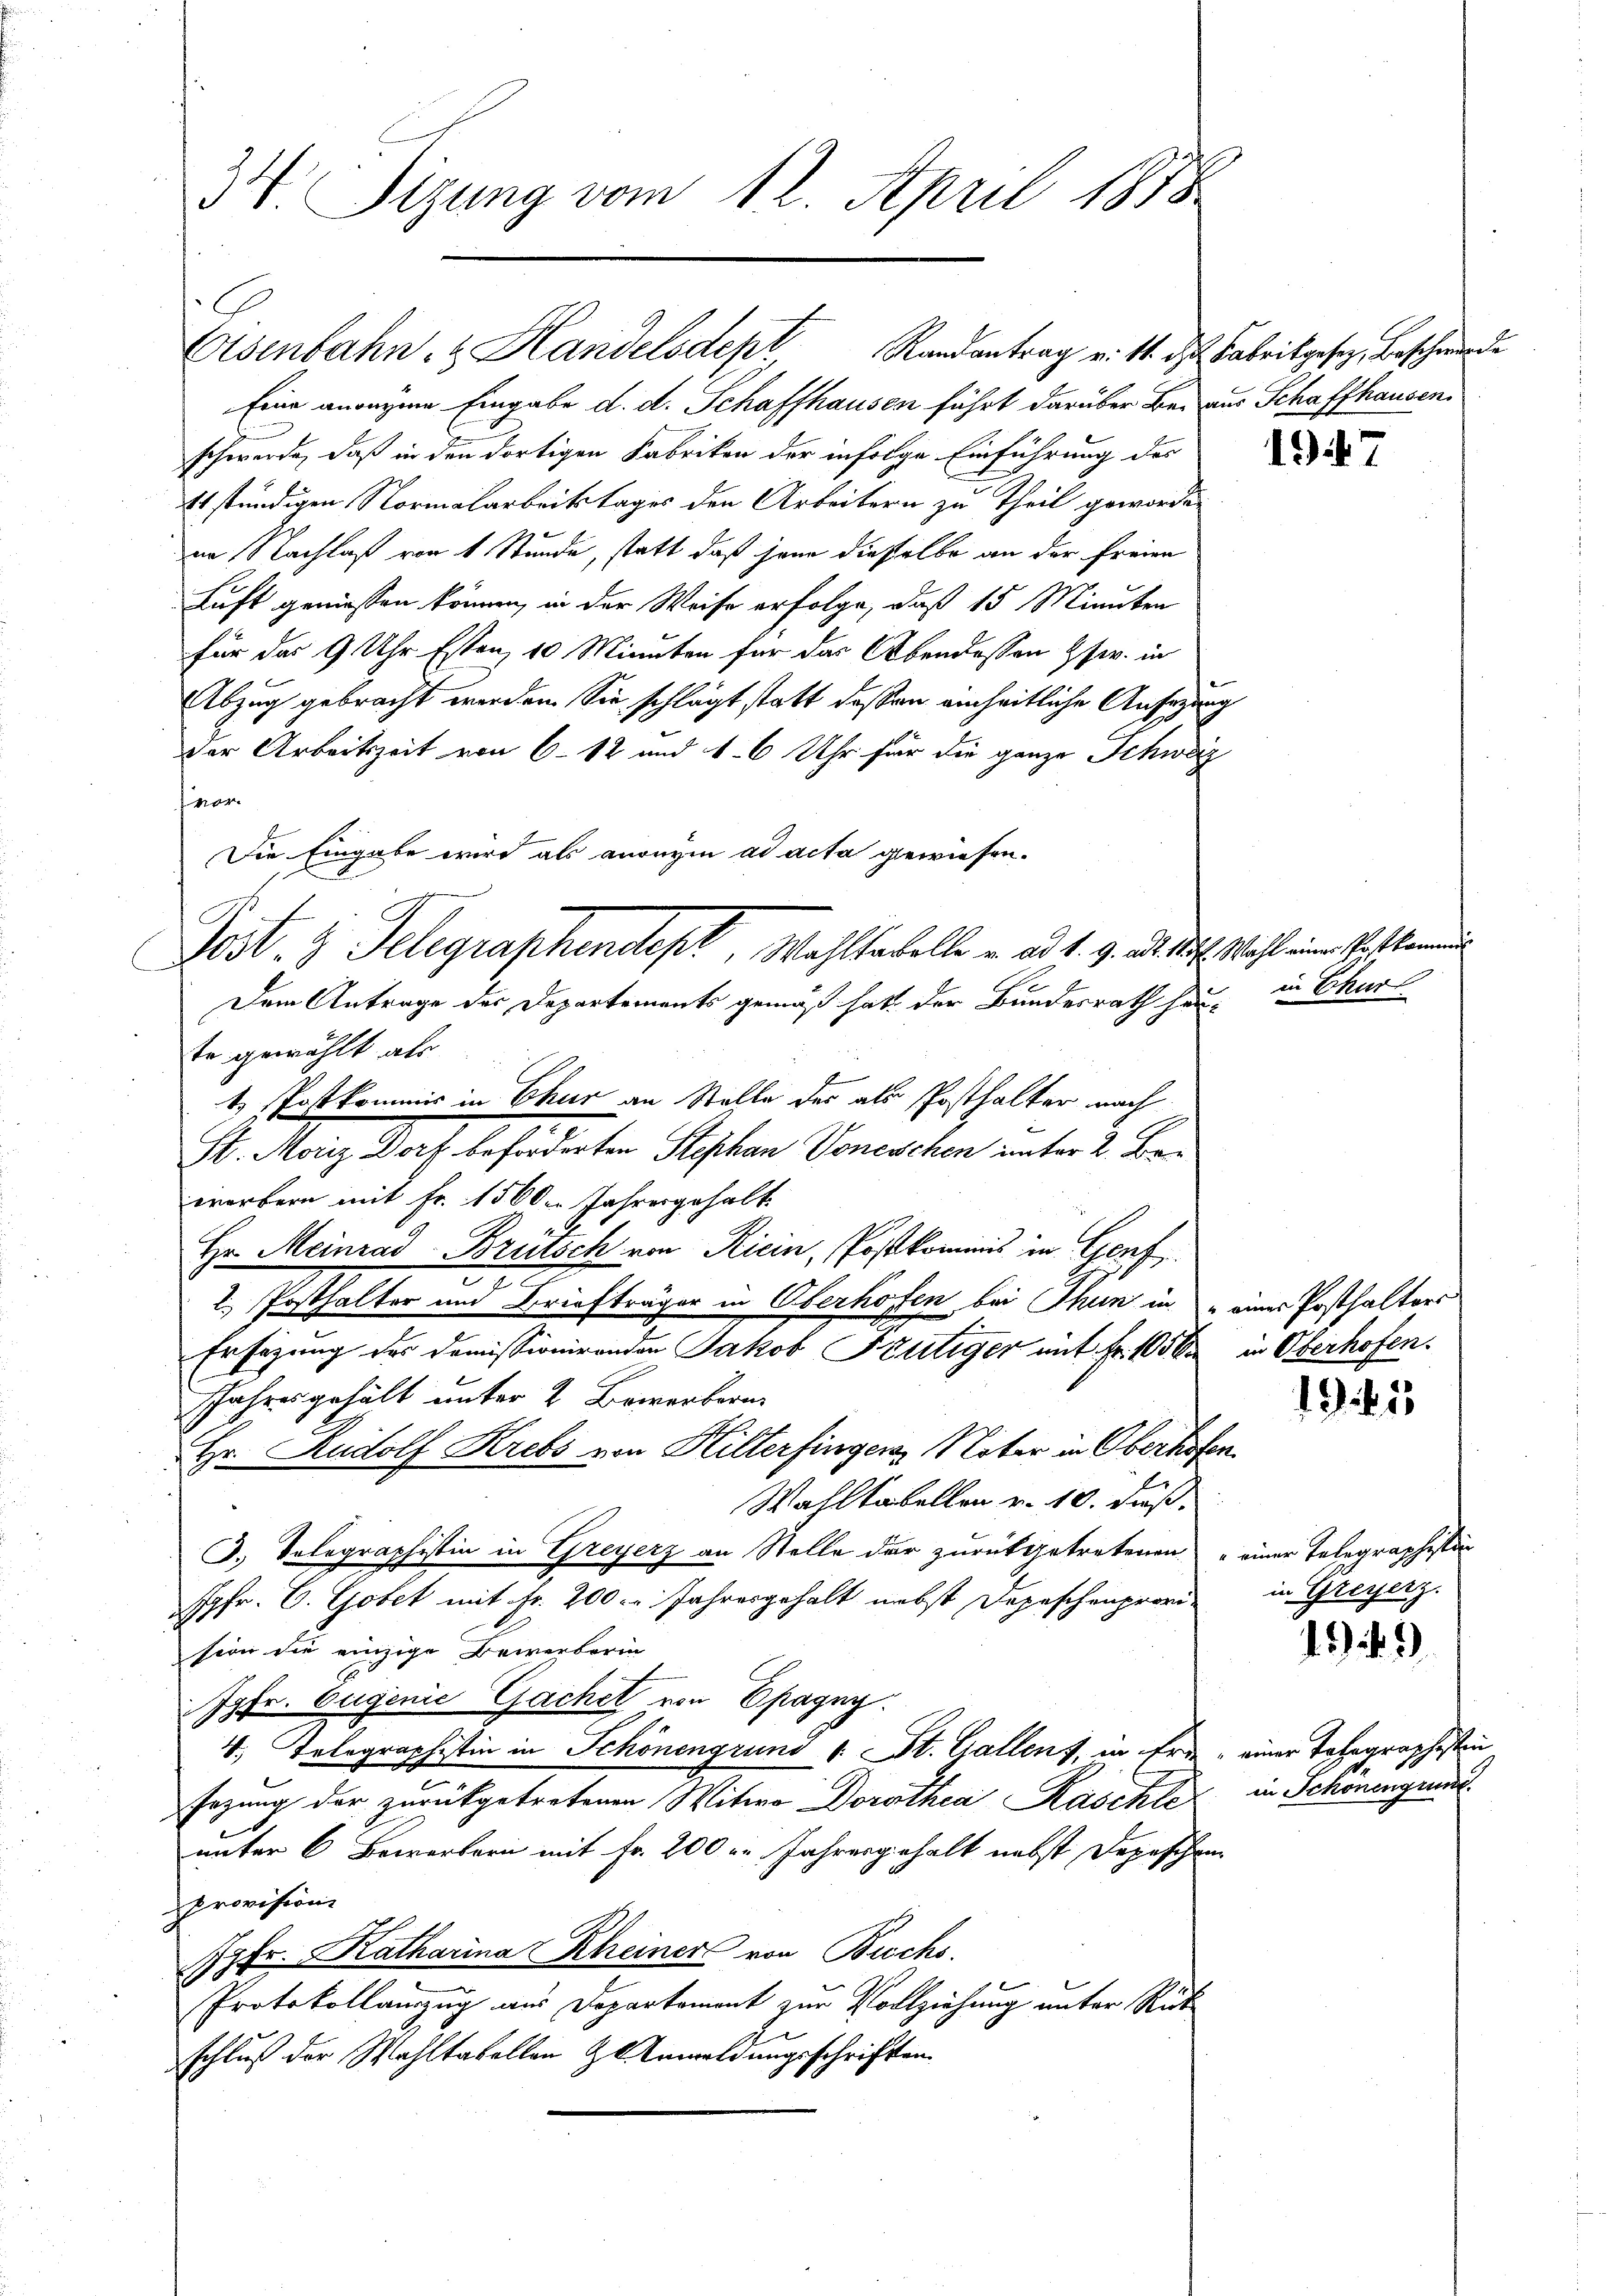
Eine anreyme Eingabe d. d. Schaffhausen führt darüber Bei aus Schaffhausen,
schwerde, daß in den dortigen Fabriken der infolge Einführung des
Es stündigen Normalarbeitstages der Arbeitern zu Theil geworde
im Nachlaß von 1 Stunde, statt, daß jene dieselbe an der freien
Luft geniessen können, in der Weise erfolge, daß 15 Minuten
für das 9 Uhr Esten 10 Minuten für das Abendessen usw. in
Abzug gebracht werden. Sie schlägt statt deßen einheitliche Ansezung
der Arbeitszeit von 6 - 12 und 16 Uhr für die ganze Schwarz
fian
Die Eingabe wird als anonym ad acta gewiesen.
Dem Antrage des Departements gemäß hat der Bundesrath hau-
te gewählt als
t. Postkommis in Chur an Stelle der als Posthalter nach
St. Moriz Dorf beforderten Stephan Voneschen unter 2. Ber
worbern mit Fr. 1560. Jahresgehalt
Hr. Meinrad Brütsch von Ricin, Postkommnis in Genf
2. Posthalter und Briefträger in Oberhofen bei Thun in eines Posthalters
Ersezung des Domissionirenden Jakob Bütiger mit Fr. 1000 in Oberhofen.
Jahresgehält unter 2 Bewerbern
Hr. Rudolf Krebs von Hilterfinger Nater in Oberhofen.
Wahltabellen v. 10. daß
J.) Solegraphistin in Greyerz an Stelle der zurückgetretenen einer Telegraphistin
Jgfr. C. Gobet mit Fr. 200 l. Jahresgehalt nebst Depeschenprovision die einzige Bewerberin
Jgfr. Eugenie Gachel von Epagny.
4, Telegraphistin in Schönengrund 1. St. Gallens, in Erde - einer Telegraphisten
sezung der zurückgetretenen Witwe Dorothea Raschle
unter 6 Bewerbern mit Fr. 200 u. Jahresgehalt nebst Depeschen
provision
Jgfr. Katharina Rheiners von Buchs.
.
Protokollauszug aus Departement zur Vollziehung unter Rück
schluß der Wahltabellen zu Anmeldungsschriften

3. Sizung vom 12. April 1878

Eisenbahn- & Handelsdept Randantrag v. 14. d. Fabrikgesez, Beschwerde

Post- & Gelegraphendept, Wahlstabelle u. ad 1. 9. d. M. Wahl eine Postkammen

1947

in Chur

195

in Greyerz.

.3)

in Schonengrund.